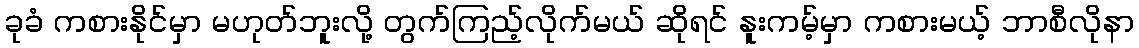
ခုခံ ကစားနိုင်မှာ မဟုတ်ဘူးလို့ တွက်ကြည့်လိုက်မယ် ဆိုရင် နူးကမ့်မှာ ကစားမယ့် ဘာစီလိုနာ